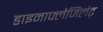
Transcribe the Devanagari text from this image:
डाइनाफ्लैजिलेट्